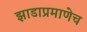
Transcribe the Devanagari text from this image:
झाडाप्रमाणेच